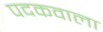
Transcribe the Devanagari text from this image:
पदकवाला